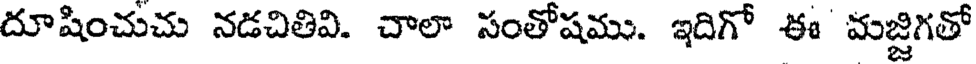
దూషించుచు నడచితివి. చాలా సంతోషము. ఇదిగో ఈ మజ్జిగతో